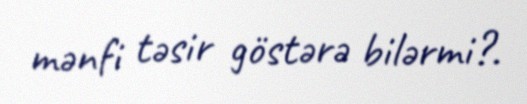
mənfi təsir göstərə bilərmi?.